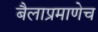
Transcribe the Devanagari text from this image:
बैलाप्रमाणेच